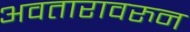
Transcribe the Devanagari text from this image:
अवतारावरुन